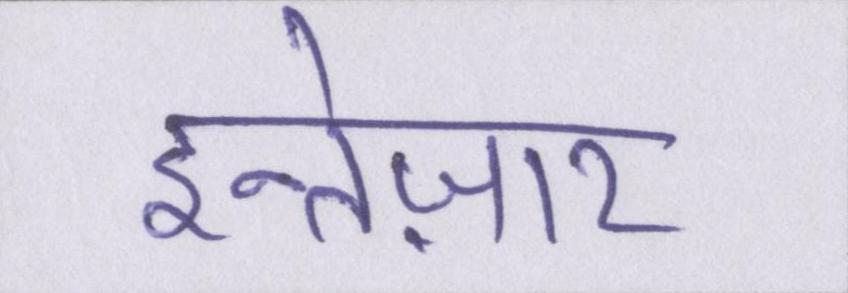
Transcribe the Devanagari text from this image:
इन्तेज़ार